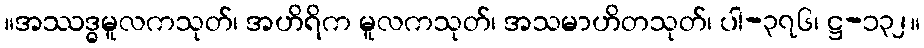
။အဿဒ္ဓမူလကသုတ်၊ အဟိရိက မူလကသုတ်၊ အသမာဟိတသုတ်၊ ပါ-၃၇၆၊ ဋ္ဌ-၁၃၂။